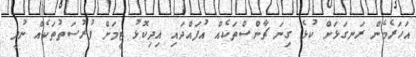
އަހަރެމެން ރަނގަޅަށް ކުޅެ ގިނަ ޗާންސްތަކެއް އުފައްދައި އިދިކޮޅު ޓީމަށް ފުރުސަތުތަކެއް ނުދީ